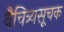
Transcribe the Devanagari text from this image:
वैचित्र्यसूचक